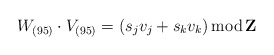
\begin{align*}W _{(95)} \cdot V _{(95)}= (s_jv_j +s_kv_k) {\rm \, mod \,} {\bf Z}\end{align*}